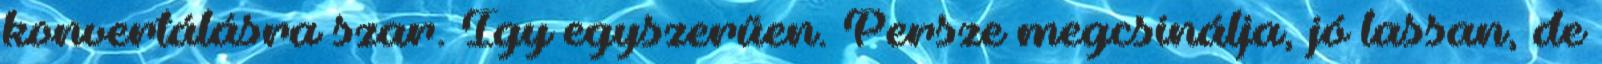
konvertálásra szar. Így egyszerűen. Persze megcsinálja, jó lassan, de